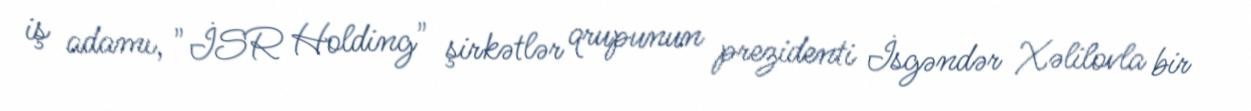
iş adamı, "İSR Holding" şirkətlər qrupunun prezidenti İsgəndər Xəlilovla bir